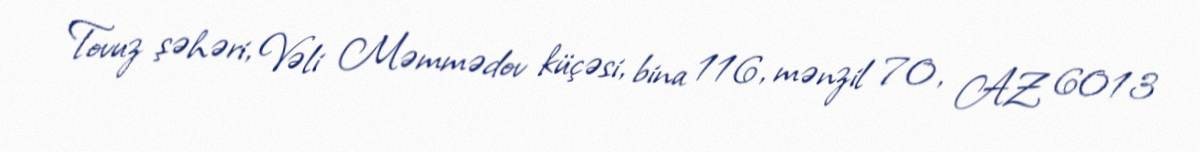
Tovuz şəhəri, Vəli Məmmədov küçəsi, bina 116, mənzil 70, AZ 6013